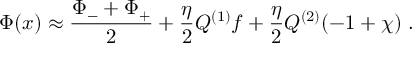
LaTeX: \Phi ( x ) \approx { \frac { \Phi _ { - } + \Phi _ { + } } { 2 } } + { \frac { \eta } { 2 } } Q ^ { ( 1 ) } f + { \frac { \eta } { 2 } } Q ^ { ( 2 ) } ( - 1 + \chi ) \ .